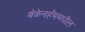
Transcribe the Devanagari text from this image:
बेकेनहॅममधील